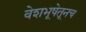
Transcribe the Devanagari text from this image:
वेशभूषेतूनच